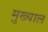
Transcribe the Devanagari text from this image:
मुख्याल